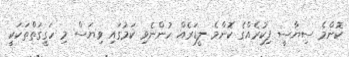
ކޮންމެ ސިޔާސީ ފިކުރެއްގެ ކޮންމެ ލީޑަރެއް ހުންނެވި ކަމުގައި ވިޔަސް މި ހަގީގަތްތަކަކީ